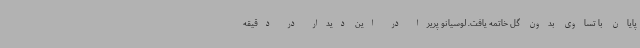
پایان با تساوی بدون گل خاتمه یافت. لوسیانو پریرا در این دیدار در دقیقه